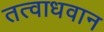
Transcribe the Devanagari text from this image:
तत्वाधवान